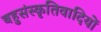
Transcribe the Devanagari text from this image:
बहुसंस्कृतिवादियों